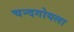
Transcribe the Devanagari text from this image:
चन्दगोयला